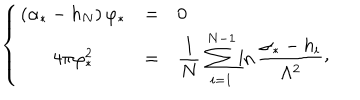
LaTeX: \left\{ \begin{matrix} { { ( \alpha _ { * } - h _ { N } ) \, \varphi _ { * } } } & { { = } } & { { 0 \hfill } } \\ { { 4 \pi \varphi _ { * } ^ { 2 } } } & { { = } } & { { \displaystyle { \frac { 1 } { N } } \, \sum _ { i = 1 } ^ { N - 1 } \ln { \frac { \alpha _ { * } - h _ { i } } { \Lambda ^ { 2 } } } \raise 2 p t \mathrm { , } } } \\ \end{matrix} \right.